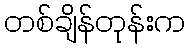
တစ်ချိန်တုန်းက